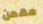
مهمن